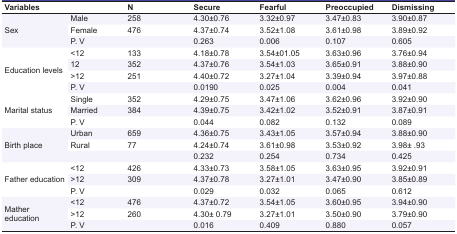
<table><thead><tr><td><b>Variables</b></td><td></td><td><b>N</b></td><td><b>Secure</b></td><td><b>Fearful</b></td><td><b>Preoccupied</b></td><td><b>Dismissing</b></td></tr></thead><tbody><tr><td rowspan="3"> Sex </td><td> Male </td><td> 258 </td><td> 4.30±0.76 </td><td> 3.32±0.97 </td><td> 3.47±0.83 </td><td> 3.90±0.87 </td></tr><tr><td> Female </td><td> 476 </td><td> 4.37±0.74 </td><td> 3.52±1.08 </td><td> 3.61±0.98 </td><td> 3.89±0.92 </td></tr><tr><td> P. V </td><td></td><td> 0.263 </td><td> 0.006 </td><td> 0.107 </td><td> 0.605 </td></tr><tr><td rowspan="4"> Education levels </td><td> &lt;12 </td><td> 133 </td><td> 4.18±0.78 </td><td> 3.54±01.05 </td><td> 3.63±0.96 </td><td> 3.76±0.94 </td></tr><tr><td> 12 </td><td> 352 </td><td> 4.37±0.76 </td><td> 3.54±1.03 </td><td> 3.65±0.91 </td><td> 3.88±0.90 </td></tr><tr><td> &gt;12 </td><td> 251 </td><td> 4.40±0.72 </td><td> 3.27±1.04 </td><td> 3.39±0.94 </td><td> 3.97±0.88 </td></tr><tr><td> P. V </td><td></td><td> 0.0190 </td><td> 0.025 </td><td> 0.004 </td><td> 0.041 </td></tr><tr><td rowspan="3"> Marital status </td><td> Single </td><td> 352 </td><td> 4.29±0.75 </td><td> 3.47±1.06 </td><td> 3.62±0.96 </td><td> 3.92±0.90 </td></tr><tr><td> Married </td><td> 384 </td><td> 4.39±0.75 </td><td> 3.42±1.02 </td><td> 3.52±0.91 </td><td> 3.87±0.91 </td></tr><tr><td> P. V </td><td></td><td> 0.044 </td><td> 0.082 </td><td> 0.132 </td><td> 0.089 </td></tr><tr><td rowspan="3"> Birth place </td><td> Urban </td><td> 659 </td><td> 4.36±0.75 </td><td> 3.43±1.05 </td><td> 3.57±0.94 </td><td> 3.88±0.90 </td></tr><tr><td> Rural </td><td> 77 </td><td> 4.24±0.74 </td><td> 3.61±0.98 </td><td> 3.53±0.92 </td><td> 3.98± .93 </td></tr><tr><td></td><td></td><td> 0.232 </td><td> 0.254 </td><td> 0.734 </td><td> 0.425 </td></tr><tr><td rowspan="3"> Father education </td><td> &lt;12 </td><td> 426 </td><td> 4.33±0.73 </td><td> 3.58±1.05 </td><td> 3.63±0.95 </td><td> 3.92±0.91 </td></tr><tr><td> &gt;12 </td><td> 309 </td><td> 4.37±0.78 </td><td> 3.27±1.01 </td><td> 3.47±0.90 </td><td> 3.85±0.89 </td></tr><tr><td> P. V </td><td></td><td> 0.029 </td><td> 0.032 </td><td> 0.065 </td><td> 0.612 </td></tr><tr><td rowspan="3"> Mather education </td><td> &lt;12 </td><td> 476 </td><td> 4.37±0.72 </td><td> 3.54±1.05 </td><td> 3.60±0.95 </td><td> 3.94±0.90 </td></tr><tr><td> &gt;12 </td><td> 260 </td><td> 4.30± 0.79 </td><td> 3.27±1.01 </td><td> 3.50±0.90 </td><td> 3.79±0.90 </td></tr><tr><td> P. V </td><td></td><td> 0.016 </td><td> 0.409 </td><td> 0.880 </td><td> 0.057 </td></tr></tbody></table>